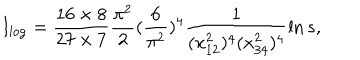
I _ { \log } = \frac { 1 6 \times 8 } { 2 7 \times 7 } \frac { \pi ^ { 2 } } { 2 } ( \frac { 6 } { \pi ^ { 2 } } ) ^ { 4 } \frac { 1 } { ( x _ { 1 2 } ^ { 2 } ) ^ { 4 } ( x _ { 3 4 } ^ { 2 } ) ^ { 4 } } \ln s ,